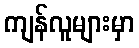
ကျန်လူများမှာ